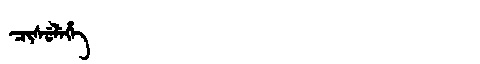
Manchu: ᠴᡳᠰᡠᠯᡝᡥᡝ
Romanization: CISULEHE